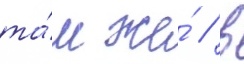
та́м же́ / в